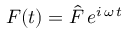
F ( t ) = \hat { F } \, e ^ { i \, \omega \, t }